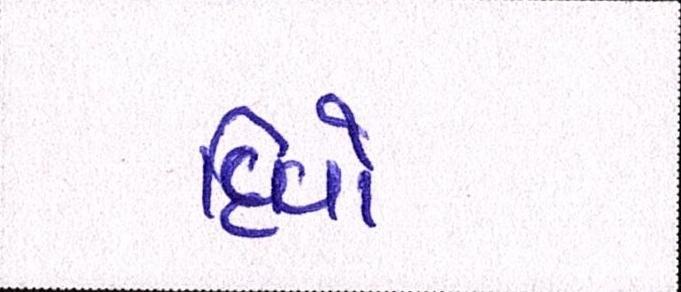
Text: દિવો